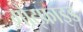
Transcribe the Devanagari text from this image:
गोट्फ्राइड